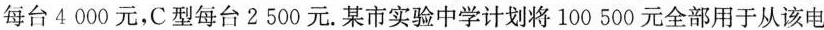
每台4000元，C型每台2500元.某市实验中学计划将100 500元全部用于从该电